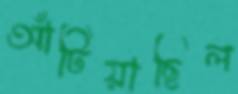
আঁটিয়াছিল